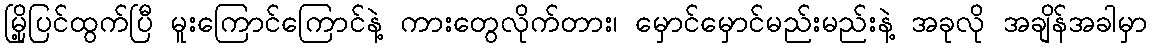
မြို့ပြင်ထွက်ပြီ မူးကြောင်ကြောင်နဲ့ ကားတွေလိုက်တား၊ မှောင်မှောင်မည်းမည်းနဲ့ အခုလို အချိန်အခါမှာ